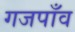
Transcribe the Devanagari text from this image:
गजपाँव